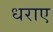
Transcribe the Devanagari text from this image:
धराए